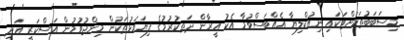
މިސަބަބުތަކަށްޓަކައި ނިއުކްލިޔާ އެއްބަސްވުމާ އެކު އީރާން ދަތކުރުމުގެ ފިޔަވަޅުތަކުން މިންޖުވުމުން އަސްކަރީ އަދި